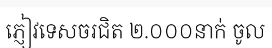
ភ្ញៀវទេសចរជិត ២.០០០នាក់ ចូល